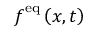
\boldsymbol { f } ^ { \mathrm { e q } } \left( \boldsymbol { x } , t \right)